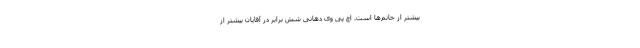
بیشتر از خانم‌ها است. اچ پی وی دهانی شش برابر در آقایان بیشتر از